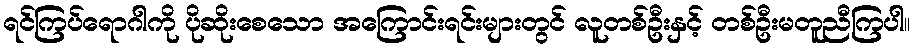
ရင်ကြပ်ရောဂါကို ပိုဆိုးစေသော အကြောင်းရင်းများတွင် လူတစ်ဦးနှင့် တစ်ဦးမတူညီကြပါ။